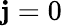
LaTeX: \mathbf{j}=0